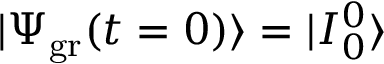
| \Psi _ { \mathrm { g r } } ( t = 0 ) \rangle = | I _ { 0 } ^ { 0 } \rangle